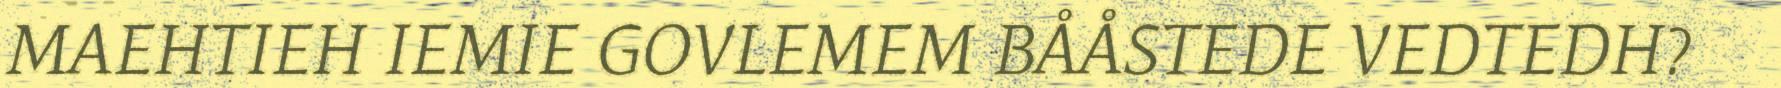
MAEHTIEH IEMIE GOVLEMEM BÅÅSTEDE VEDTEDH?